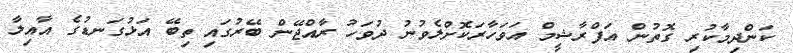
ކަންދިމާކުރި ގޮތުން އަފްރާޝީމް އަވަހާރަކޮށްލެވުނު ދުވަހު ރާއްޖޭން ބޭރުގައި ތިބޭ އަޅުގަނޑުގެ އާއިލާ